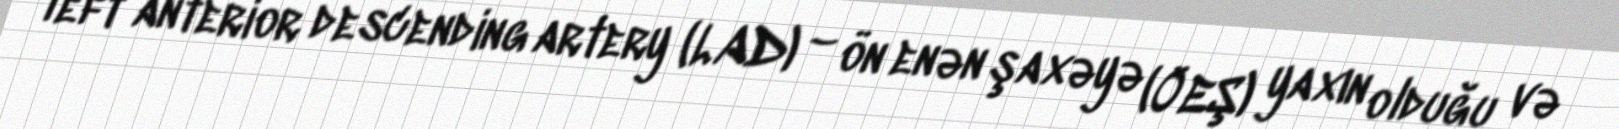
left anterior descending artery (LAD) – ön enən şaxəyə (ÖEŞ) yaxın olduğu və